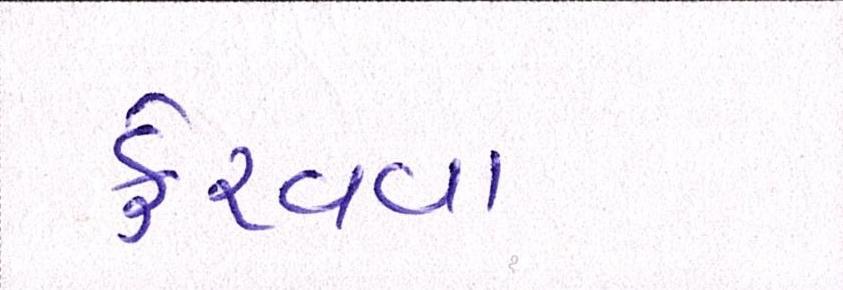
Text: ફેરવવા